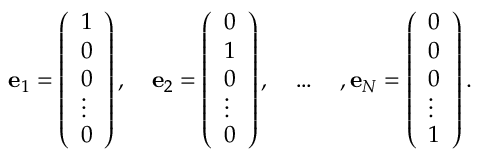
{ \bf e } _ { 1 } = \left( \begin{array} { l } { { 1 } } \\ { { 0 } } \\ { { 0 } } \\ { { \vdots } } \\ { { 0 } } \end{array} \right) , \quad { \bf e } _ { 2 } = \left( \begin{array} { l } { { 0 } } \\ { { 1 } } \\ { { 0 } } \\ { { \vdots } } \\ { { 0 } } \end{array} \right) , \quad \ldots \quad , { \bf e } _ { N } = \left( \begin{array} { l } { { 0 } } \\ { { 0 } } \\ { { 0 } } \\ { { \vdots } } \\ { { 1 } } \end{array} \right) .